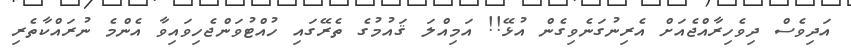
އަދިވެސް ދިވެހިރާއްޖެއަށް އެރިނުގަނެވިގެން އުޅޭ!! އަމިއްލަ ޤައުމުގެ ތެރޭގައި ހުއްޓުވަންޖެހިވައިވާ އެންމެ ނުރައްކާތެރި